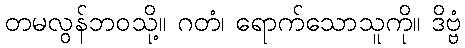
တမလွန်ဘဝသို့။ ဂတံ၊ ရောက်သောသူကို။ ဒိဗ္ဗံ